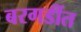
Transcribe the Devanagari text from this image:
बरगडींत